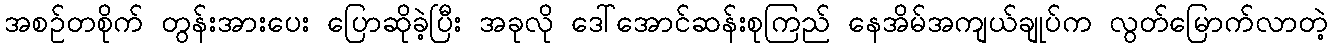
အစဉ်တစိုက် တွန်းအားပေး ပြောဆိုခဲ့ပြီး အခုလို ဒေါ်အောင်ဆန်းစုကြည် နေအိမ်အကျယ်ချုပ်က လွတ်မြောက်လာတဲ့